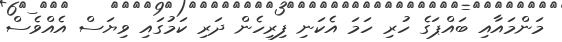
މަންމައާއި ބައްޕަގެ ހުރި ހަމަ އެކަނި ފިރިހެން ދަރި ކަމުގައި ވިޔަސް އެއްވެސް